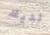
لديك